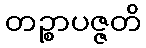
တဉ္စာပဇ္ဇတိ